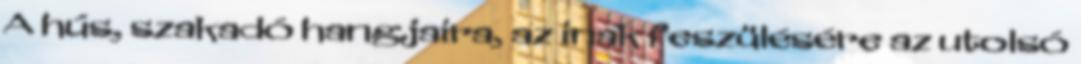
A hús, szakadó hangjaira, az inak feszülésére az utolsó